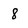
Character: 8